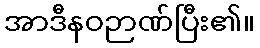
အာဒီနဝဉာဏ်ပြီး၏။